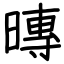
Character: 暷